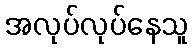
အလုပ်လုပ်နေသူ